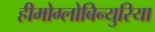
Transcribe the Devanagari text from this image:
हीमोग्लोबिन्युरिया